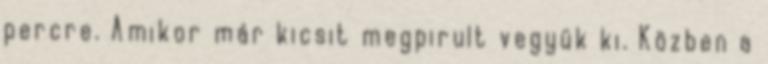
percre. Amikor már kicsit megpirult vegyük ki. Közben a